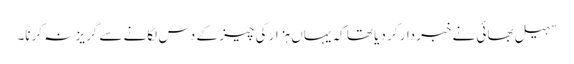
سہیل بھائی نے خبردار کر دیا تھا کہ یہاں ہزار کی چیز کے دس لگانے سے گریز نہ کرنا۔